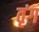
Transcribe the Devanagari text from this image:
तृंग